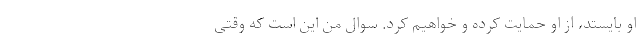
او بایستد، از او حمایت کرده و خواهیم کرد. سوال من این است که وقتی